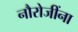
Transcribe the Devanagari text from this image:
नौरोजींना